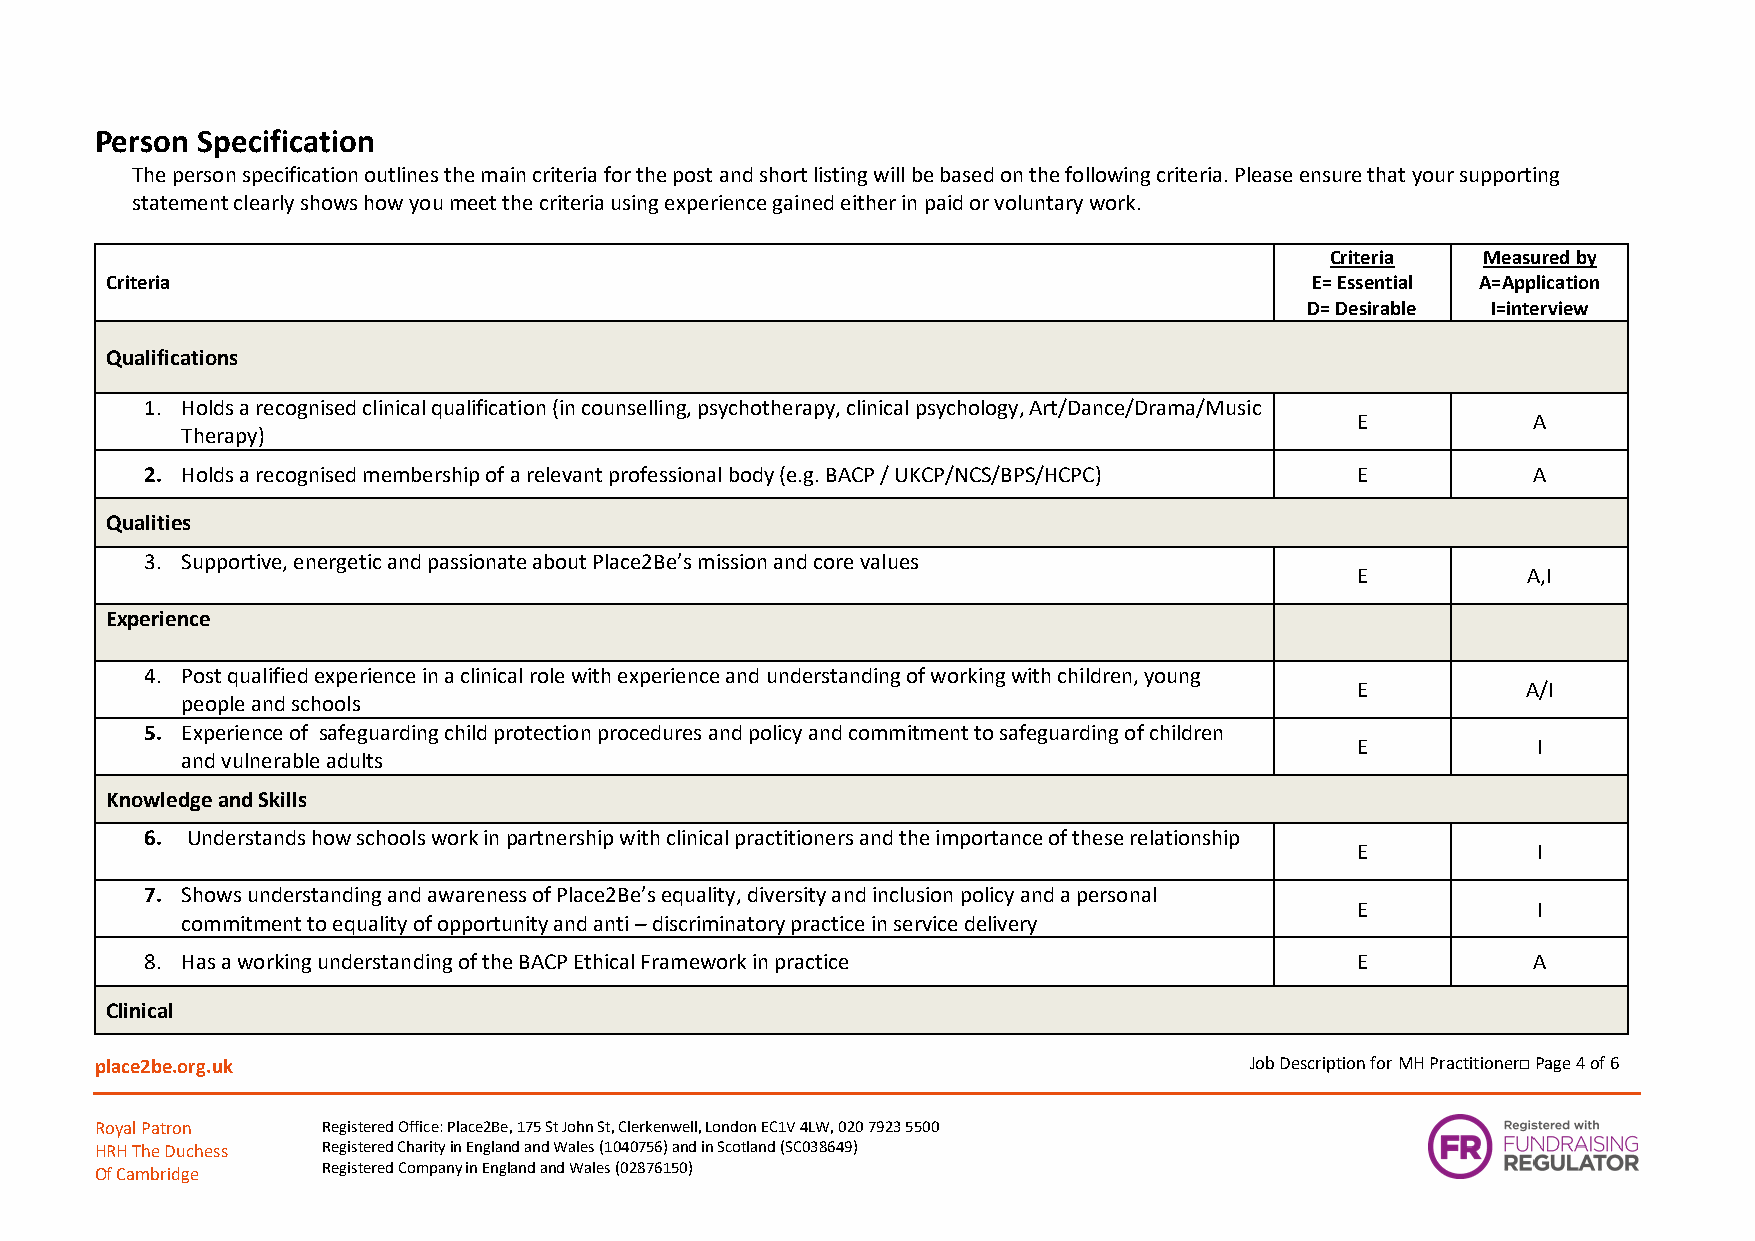
Person Specification
 The person specification outlines the main criteria for the post and short listing will be based on the following criteria. Please ensure that your supporting
 statement clearly shows how you meet the criteria using experience gained either in paid or voluntary work.
 Criteria  Measured by
 Criteria                                                                        E= Essential A=Application
 D= Desirable I=interview
 Qualifications
 1. Holds a recognised clinical qualification (in counselling, psychotherapy, clinical psychology, Art/Dance/Drama/Music
 E          A
 Therapy)
 2. Holds a recognised membership of a relevant professional body (e.g. BACP / UKCP/NCS/BPS/HCPC) E A
 Qualities
 3. Supportive, energetic and passionate about Place2Be’s mission and core values
 E          A,I
 Experience
 4. Post qualified experience in a clinical role with experience and understanding of working with children, young
 E          A/I
 people and schools
 5. Experience of safeguarding child protection procedures and policy and commitment to safeguarding of children
 E           I
 and vulnerable adults
 Knowledge and Skills
 6. Understands how schools work in partnership with clinical practitioners and the importance of these relationship
 E           I
 7. Shows understanding and awareness of Place2Be’s equality, diversity and inclusion policy and a personal
 E           I
 commitment to equality of opportunity and anti – discriminatory practice in service delivery
 8. Has a working understanding of the BACP Ethical Framework in practice        E          A
 Clinical
 place2be.org.uk                                                              Job Description for MH Practitioner□ Page 4 of 6
 Royal Patron   Registered Office: Place2Be, 175 St John St, Clerkenwell, London EC1V 4LW, 020 7923 5500
 HRH The Duchess Registered Charity in England and Wales (1040756) and in Scotland (SC038649)
 Of Cambridge   Registered Company in England and Wales (02876150)